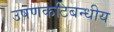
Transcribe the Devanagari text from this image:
उषणकटिबन्धीय